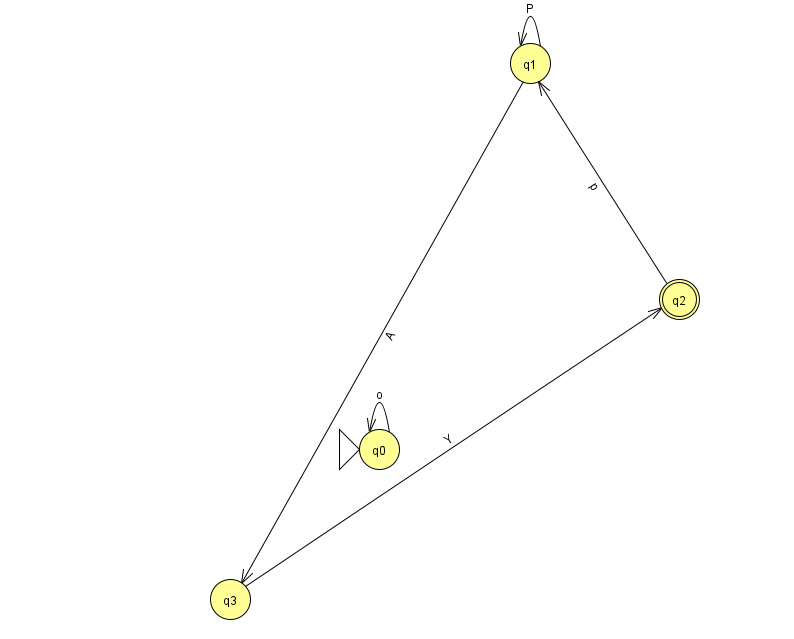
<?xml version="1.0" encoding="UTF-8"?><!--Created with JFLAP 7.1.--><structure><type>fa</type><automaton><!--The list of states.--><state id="0" name="q0"><x>379.0</x><y>436.0</y><initial/></state><state id="1" name="q1"><x>530.0</x><y>50.0</y></state><state id="2" name="q2"><x>679.0</x><y>286.0</y><final/></state><state id="3" name="q3"><x>230.0</x><y>586.0</y></state><!--The list of transitions.--><transition><from>1</from><to>1</to><read>P</read></transition><transition><from>3</from><to>2</to><read>Y</read></transition><transition><from>1</from><to>3</to><read>A</read></transition><transition><from>2</from><to>1</to><read>p</read></transition><transition><from>0</from><to>0</to><read>o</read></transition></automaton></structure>